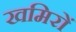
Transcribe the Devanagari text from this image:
खमिरों